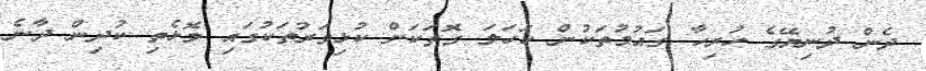
ދެން ދުނިޔޭގެ ހުރިހާ ގައުމުތަކުން ކަހަލަ ގޮތަކަށް ކުޅިވަރުތަކުގައި މޮޅެތި ކުދިން ދާނެ